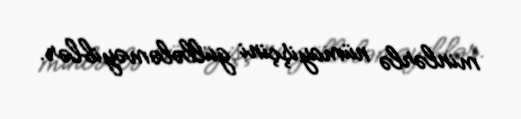
minlərlə nümayişçini güllələməyiblər.